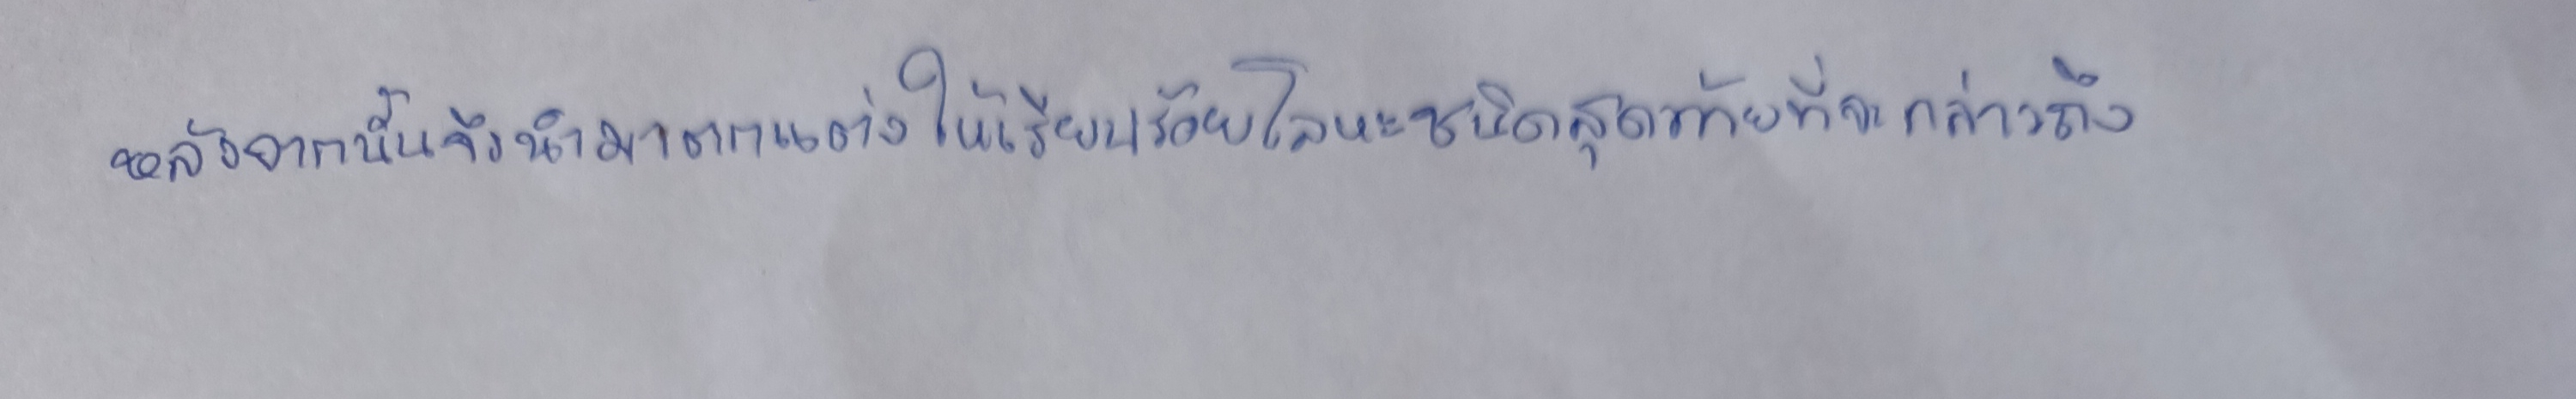
หลังจากนั้นจึงนำมาตกแต่งให้เรียบร้อยโลหะชนิดสุดท้ายที่จะกล่าวถึง